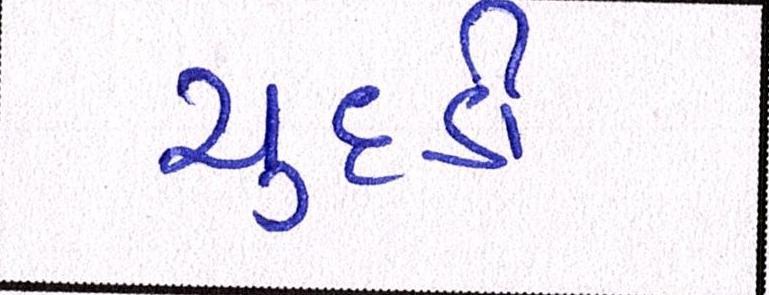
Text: ચુદડી